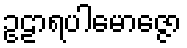
ဥဠာရပါမောဇ္ဇော